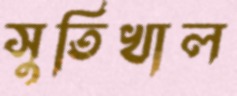
সুতিখাল